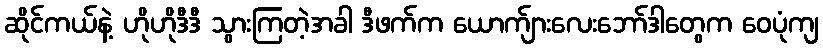
ဆိုင်ကယ်နဲ့ ဟိုဟိုဒီဒီ သွားကြတဲ့အခါ ဒီဖက်က ယောက်ျားလေးဘော်ဒါတွေက ဝေပုံကျ